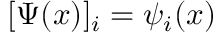
[ \Psi ( x ) ] _ { i } = \psi _ { i } ( x )